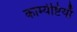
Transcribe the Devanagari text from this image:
काम्येष्टियाँ